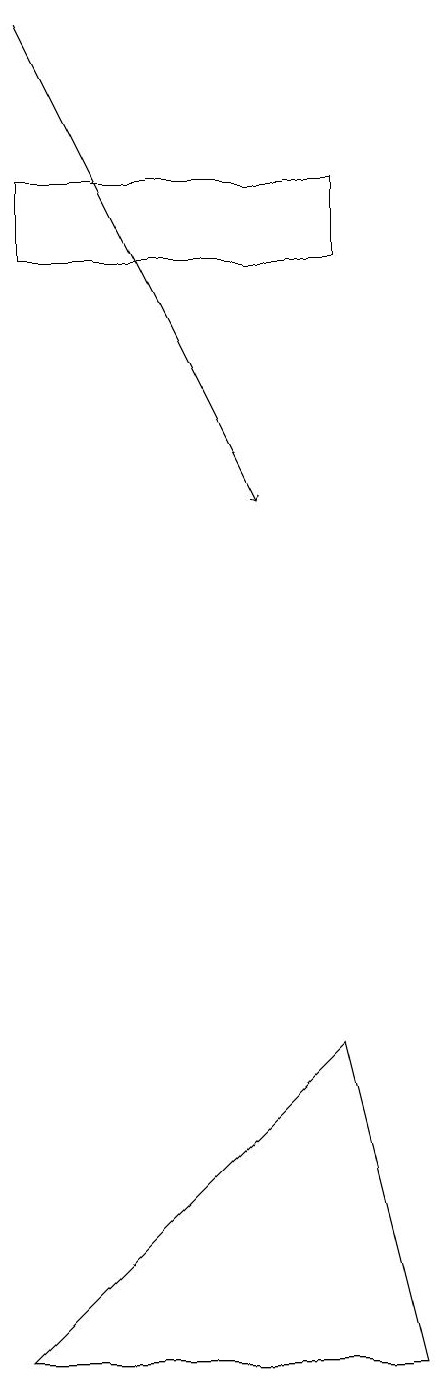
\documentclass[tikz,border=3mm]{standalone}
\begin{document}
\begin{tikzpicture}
\draw (3,0) -- (7,4) -- (8,0) -- cycle;
\draw (7,15) rectangle (3,14);
\draw[->] (3,17) -- (6,11);
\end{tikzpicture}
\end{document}